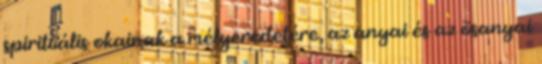
spirituális okainak a mélyeredetére, az anyai és az õsanyai